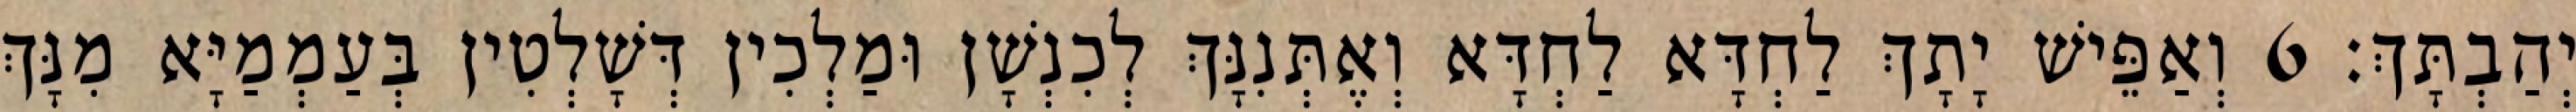
יְהַבְתָּךְ׃ 6 וְאַפֵּישׁ יָתָךְ לַחְדָּא לַחְדָּא וְאֶתְּנִנָּךְ לְכִנְשָׁן וּמַלְכִין דְּשָׁלְטִין בְּעַמְמַיָּא מִנָּךְ